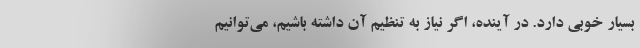
بسیار خوبی دارد. در آینده، اگر نیاز به تنظیم آن داشته باشیم، می‌توانیم